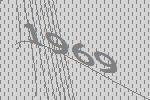
1969